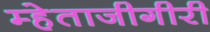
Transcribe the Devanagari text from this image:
म्हेताजीगीरी